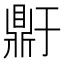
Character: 𬹥